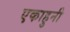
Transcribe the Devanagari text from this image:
एकाहुनी